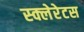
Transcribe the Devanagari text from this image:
स्क्लेरेटस